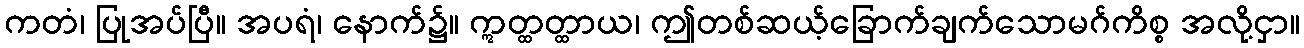
ကတံ၊ ပြုအပ်ပြီ။ အပရံ၊ နောက်၌။ ဣတ္ထတ္ထာယ၊ ဤတစ်ဆယ့်ခြောက်ချက်သောမဂ်ကိစ္စ အလို့ငှာ။